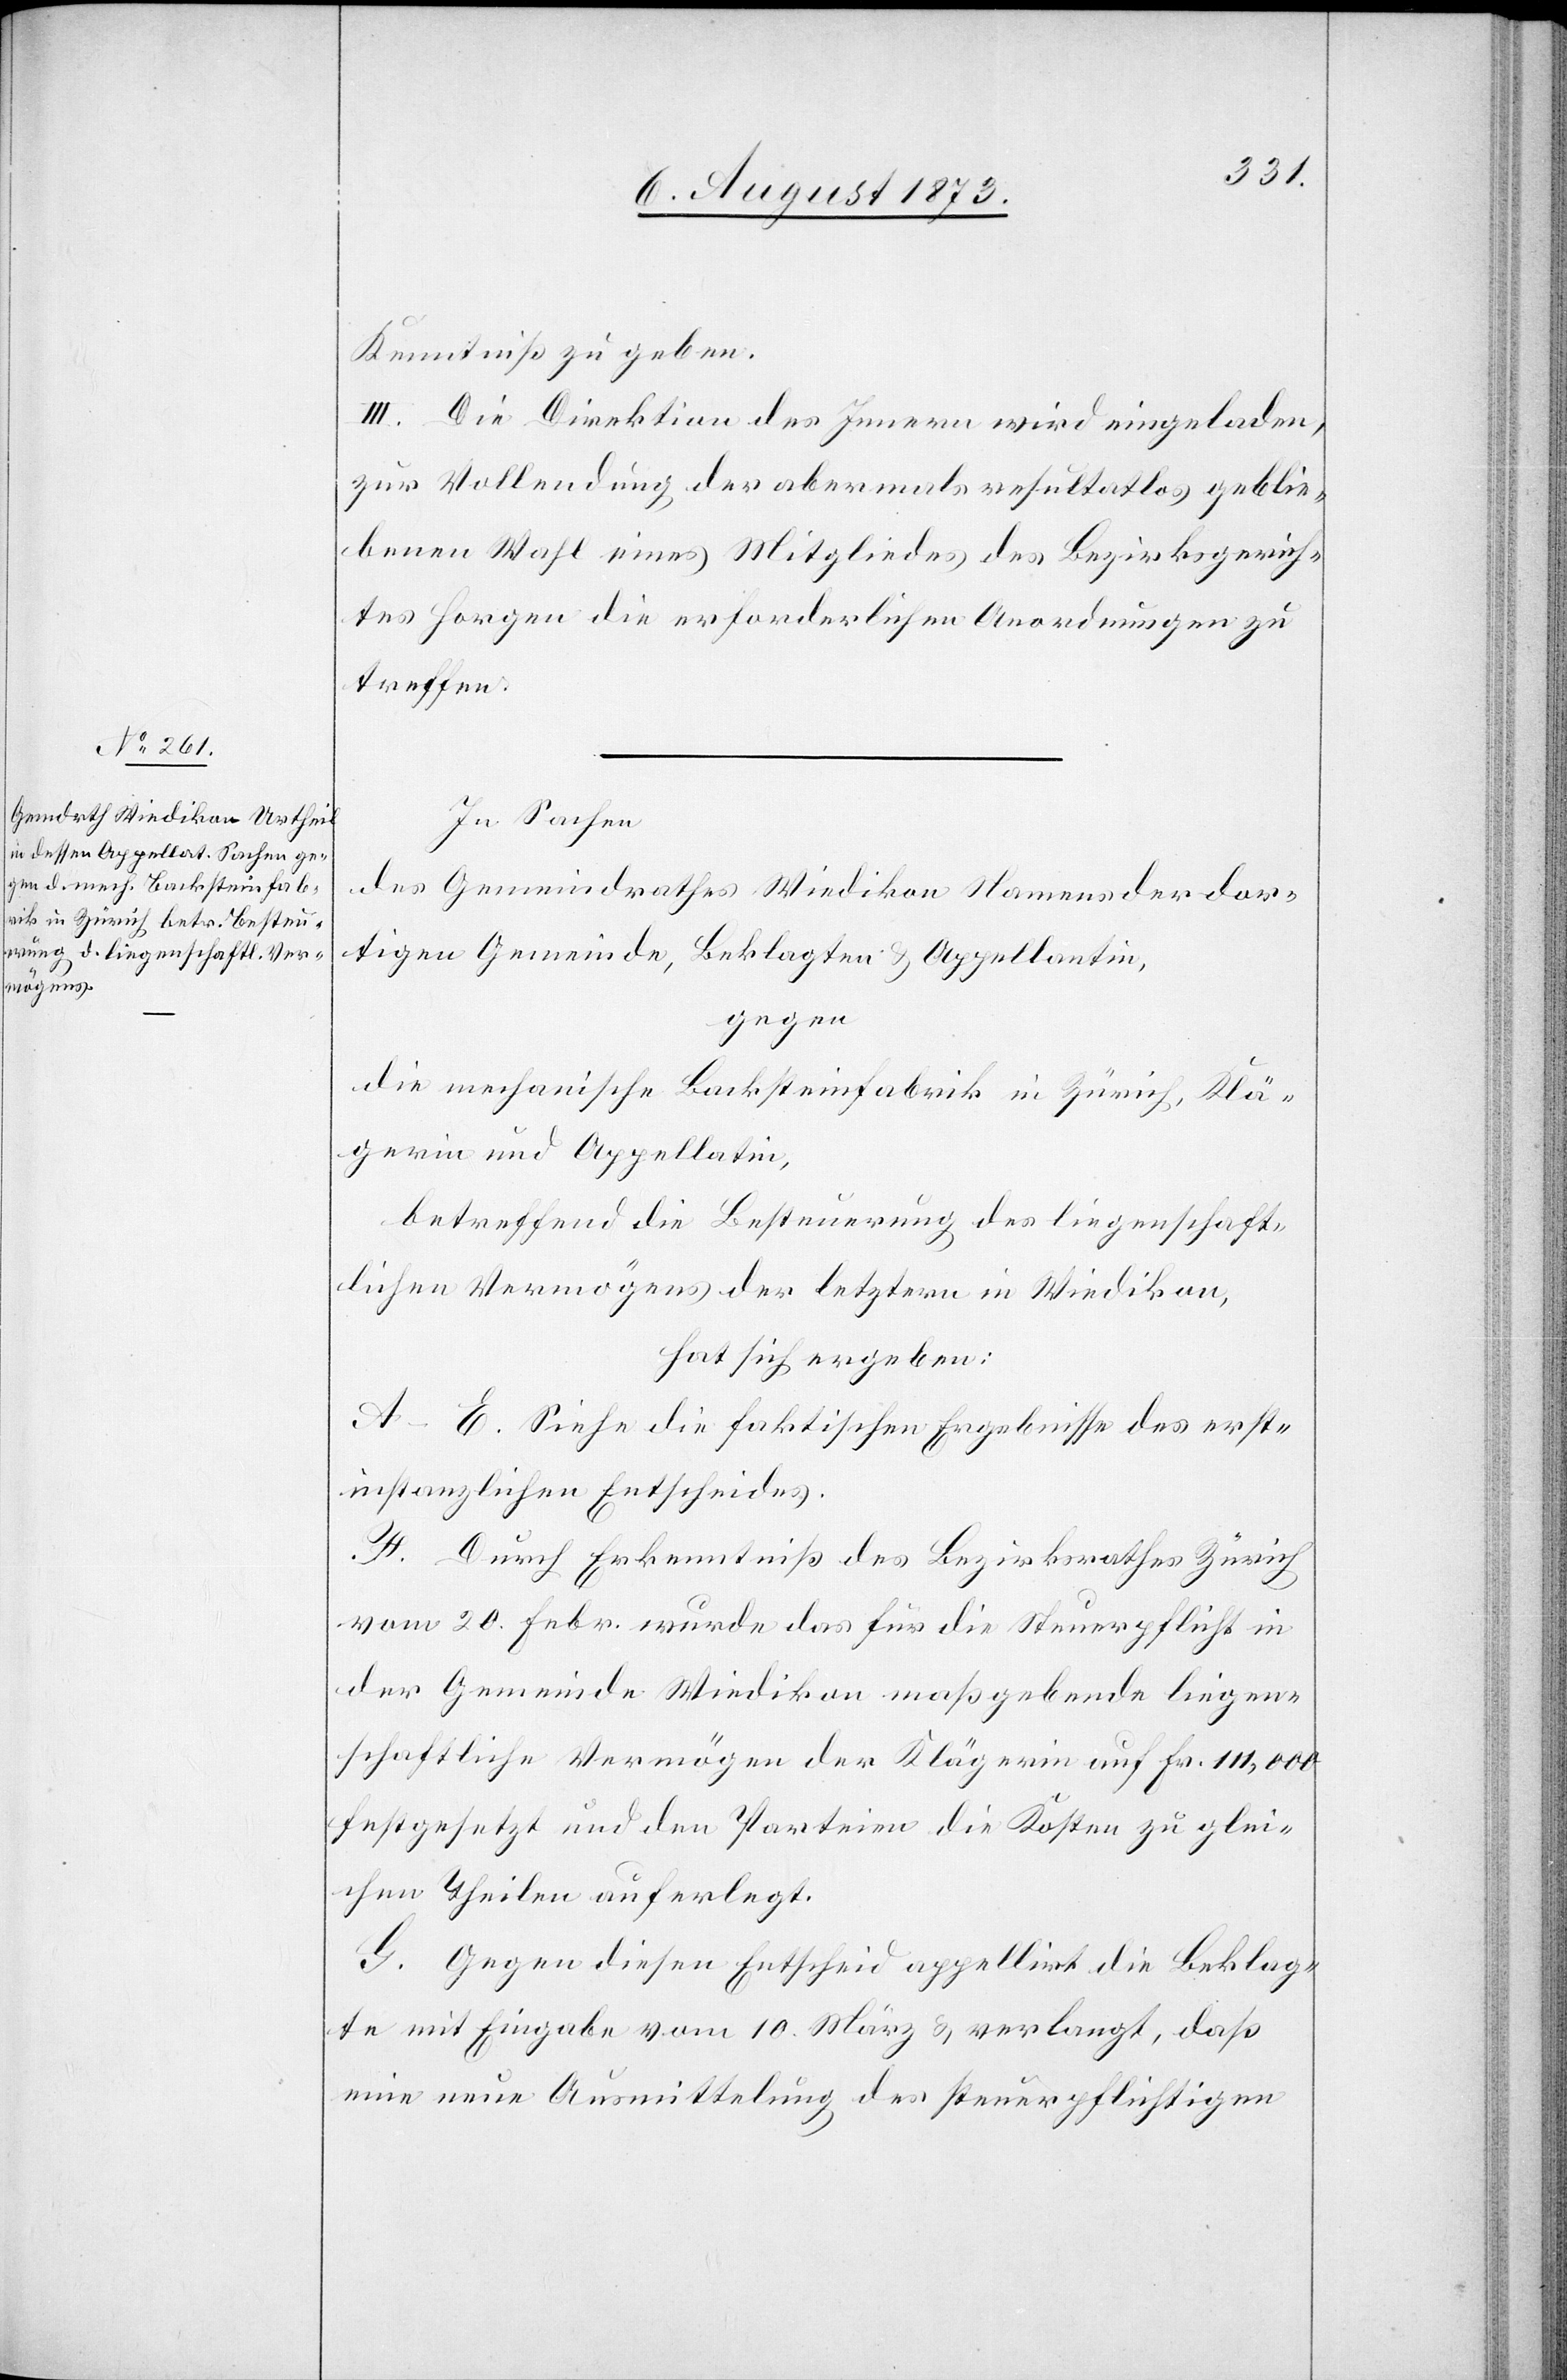
Kenntniß zu geben.
III. Die Direktion des Innern wird eingeladen,
zur Vollendung der abermals resultatlos geblie¬
benen Wahl eines Mitgliedes des Bezirksgerich¬
tes Horgen die erforderlichen Anordnungen zu
treffen.
In Sachen
des Gemeindrathes Wiedikon Namens der dor¬
tigen Gemeinde, Beklagten & Appellantin,
gegen
die mechanische Backsteinfabrik in Zürich, Klä¬
gerin und Appellatin,
betreffend die Besteuerung des liegenschaft¬
lichen Vermögens der letztern in Wiedikon,
hat sich ergeben:
A–E. Siehe die faktischen Ergebnisse des ersti¬
nstanzlichen Entscheides.
F. Durch Erkenntniß des Bezirksrathes Zürich
vom 20. Febr. wurde das für die Steuerpflicht in
der Gemeinde Wiedikon maßgebende liegen¬
schaftliche Vermögen der Klägerin auf Fr. 111,000
festgesetzt und den Parteien die Kosten zu glei¬
chen Theilen auferlegt.
G. Gegen diesen Entscheid appellirt die Beklag¬
te mit Eingabe vom 10. März & verlangt, daß
eine neue Ausmittelung des steuerpflichtigen